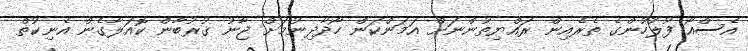
އެސްއޯ ފުލުހުންގެ ތެރެއިން ރައްޔިތުންނަށް އަމަންކަން ހޯދާދިނުމަށް ޖާނު ޤުރުބާން ކޮއަލާގެން އެނިކުތް